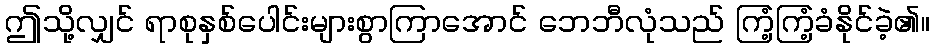
ဤသို့လျှင် ရာစုနှစ်ပေါင်းများစွာကြာအောင် ဘေဘီလုံသည် ကြံ့ကြံ့ခံနိုင်ခဲ့၏။